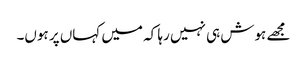
مجھے ہوش ہی نہیں رہا کہ میں کہاں پر ہوں۔